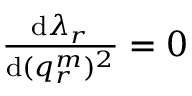
\begin{array} { r } { \frac { \mathrm { d } \lambda _ { r } } { \mathrm { d } ( q _ { r } ^ { m } ) ^ { 2 } } = 0 } \end{array}